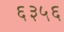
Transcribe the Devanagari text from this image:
६३५६